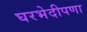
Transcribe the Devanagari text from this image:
घरभेदीपणा